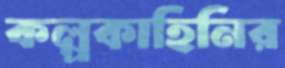
কল্পকাহিনির